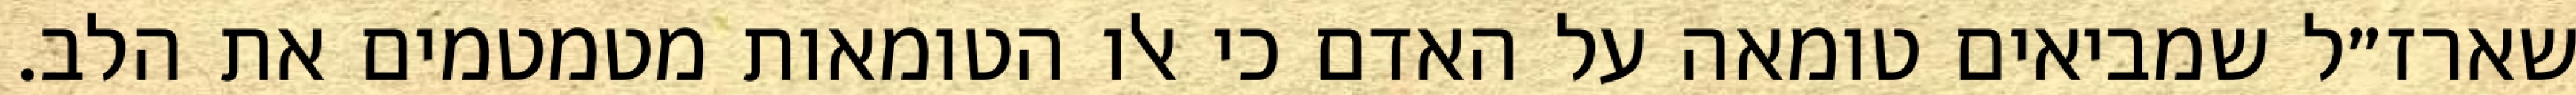
שארז״ל שמביאים טומאה על האדם כי אלו הטומאות מטמטמים את הלב.